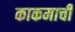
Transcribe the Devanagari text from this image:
काकमाची